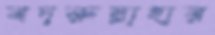
বদরুন্নাহার